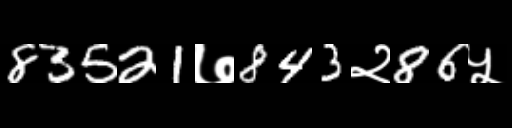
Text: 83521७843२86५